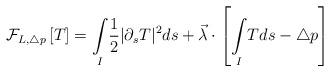
LaTeX: \begin{align*}\mathcal{F}_{L,\triangle p}\left[ T \right] =\underset{I}{\int } \frac{1}{2} |\partial_{s} T|^{2} ds+\vec\lambda \cdot \left[\underset{I}{\int }Tds-\triangle p \right]\end{align*}